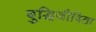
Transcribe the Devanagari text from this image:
बुद्धिजीविता